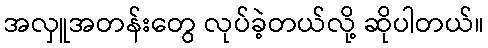
အလှူအတန်းတွေ လုပ်ခဲ့တယ်လို့ ဆိုပါတယ်။